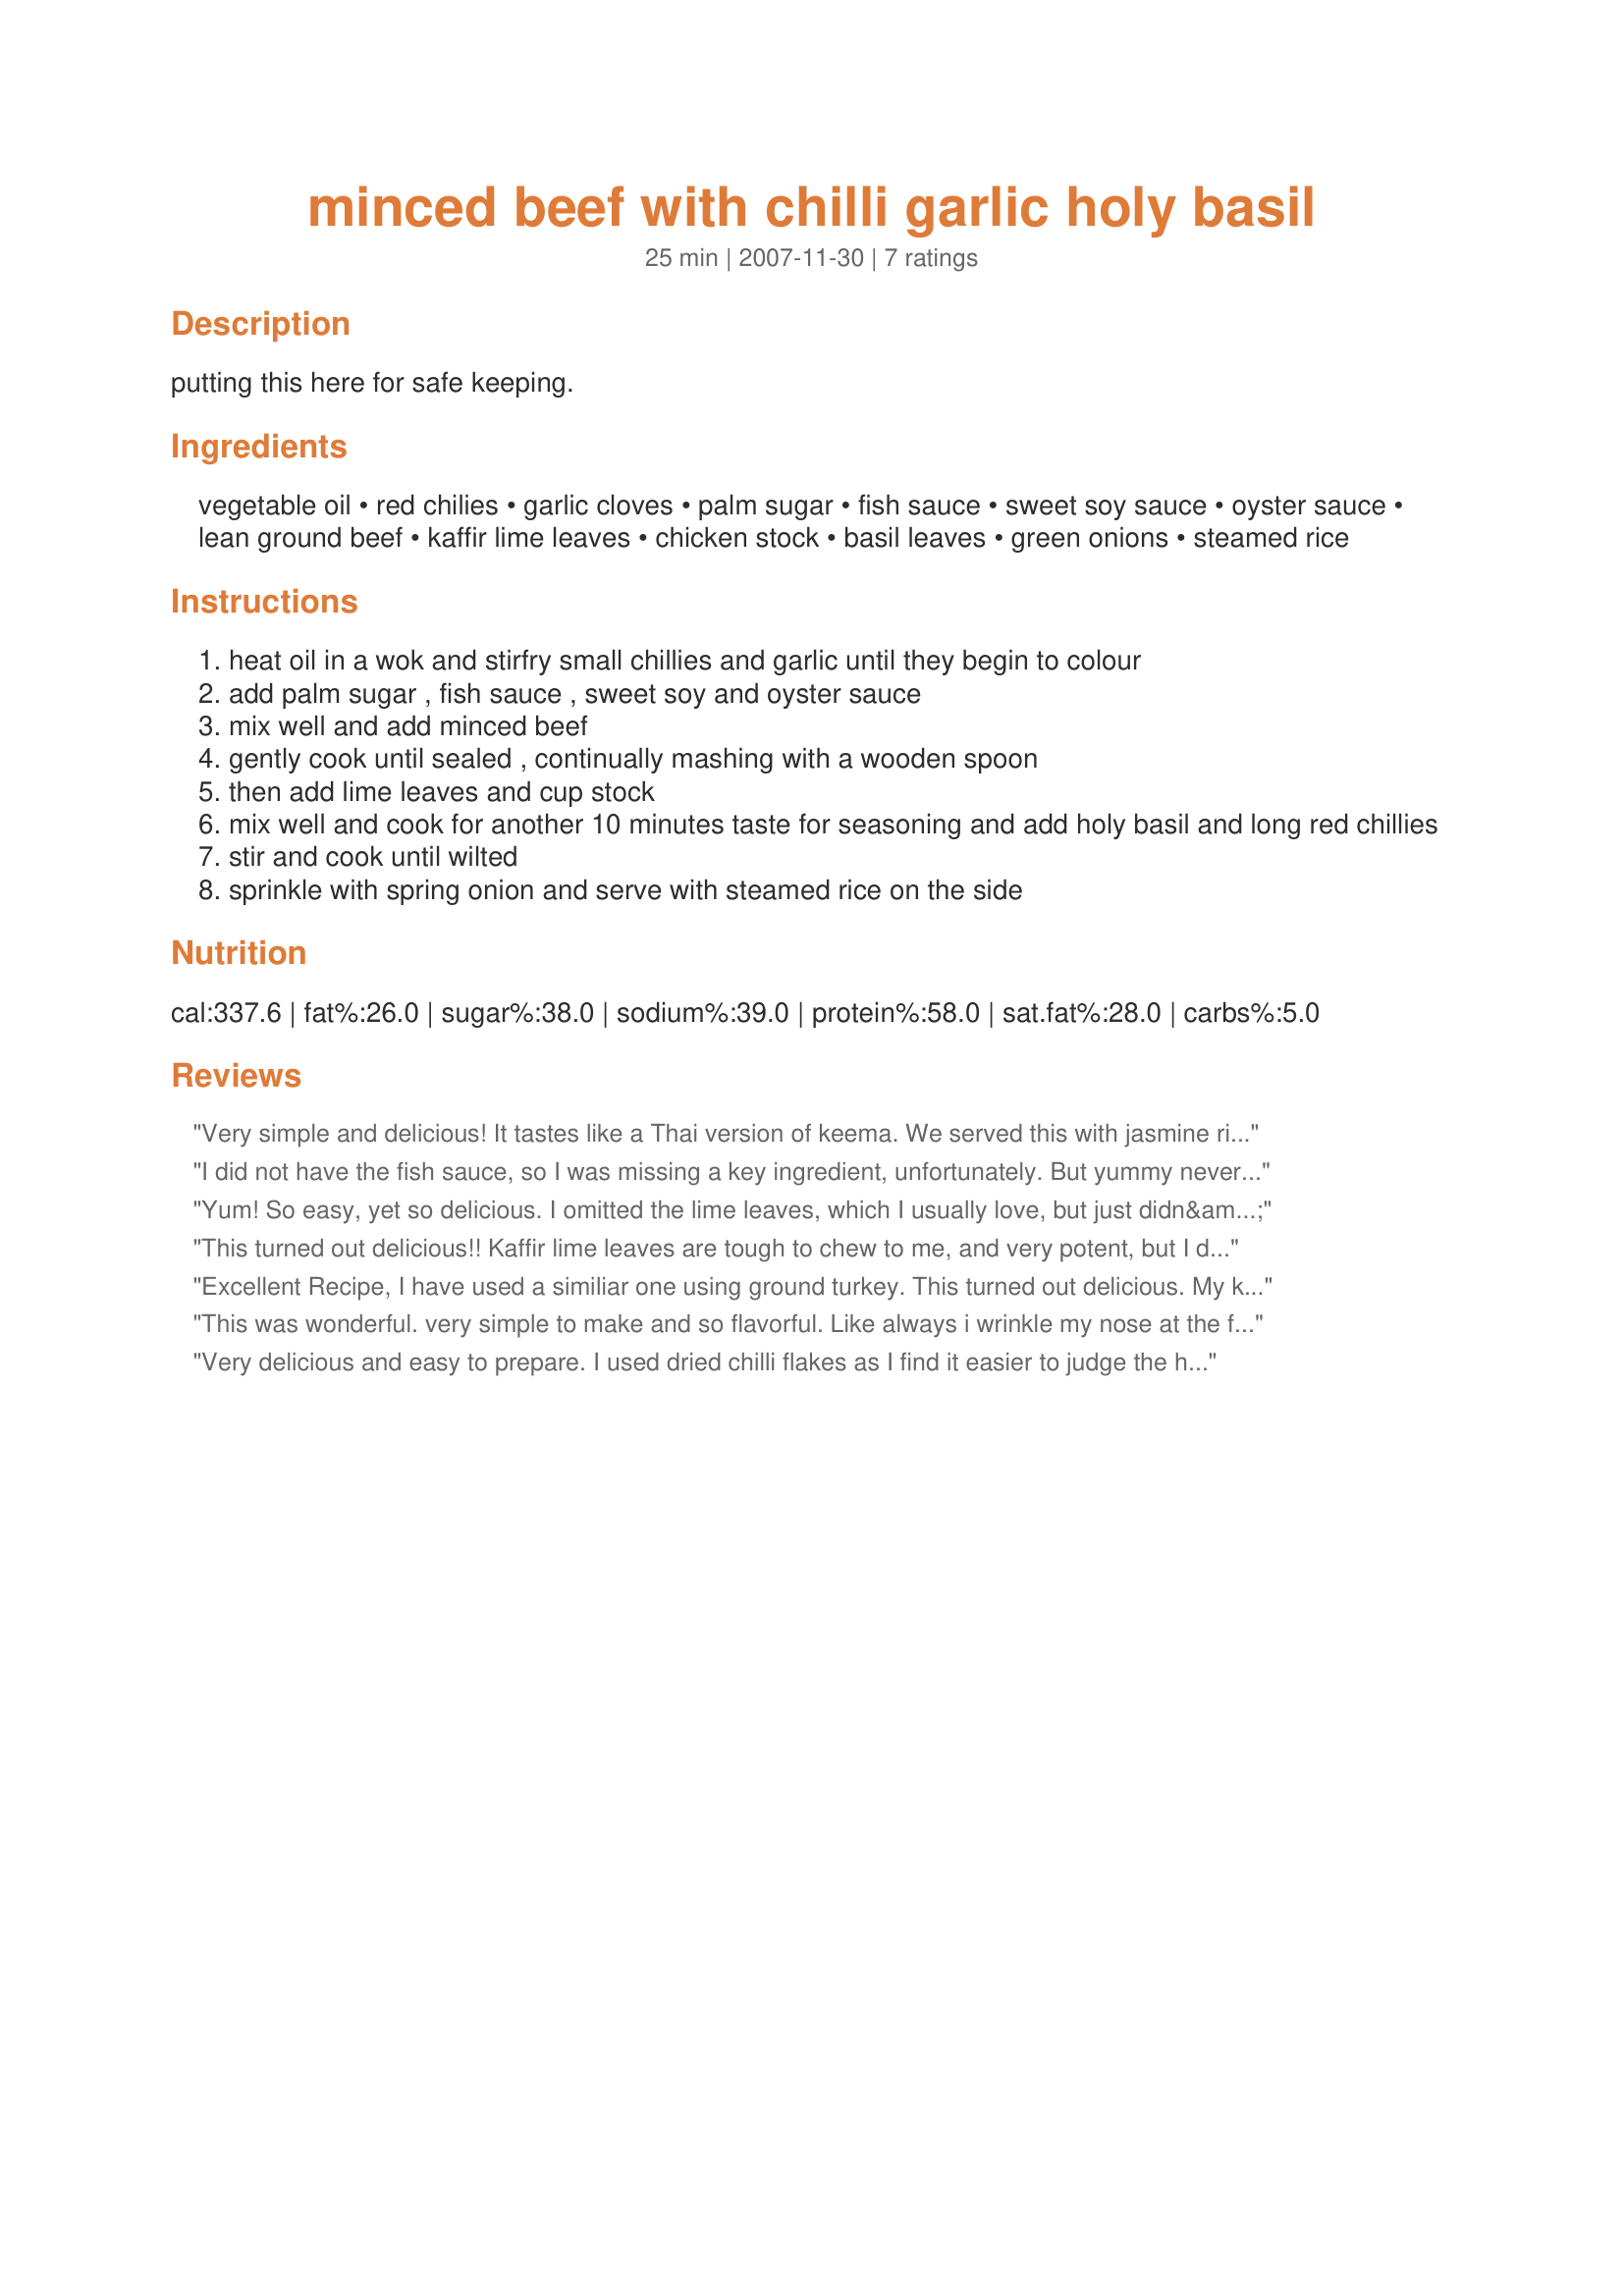
minced beef with chilli garlic holy basil
Preparation time: 25 minutes

putting this here for safe keeping.

Ingredients:
vegetable oil, red chilies, garlic cloves, palm sugar, fish sauce, sweet soy sauce, oyster sauce, lean ground beef, kaffir lime leaves, chicken stock, basil leaves, green onions, steamed rice

Steps:
heat oil in a wok and stirfry small chillies and garlic until they begin to colour
add palm sugar , fish sauce , sweet soy and oyster sauce
mix well and add minced beef
gently cook until sealed , continually mashing with a wooden spoon
then add lime leaves and cup stock
mix well and cook for another 10 minutes taste for seasoning and add holy basil and long red chillies
stir and cook until wilted
sprinkle with spring onion and serve with steamed rice on the side

Reviews:
Very simple and delicious! It tastes like a Thai version of keema. We served this with jasmine rice but thought it would be refreshing served in lettuce wraps as well. Thanks for posting!
I did not have the fish sauce, so I was missing a key ingredient, unfortunately. But yummy nevertheless. Even hubby ate it, and he is a picky eater. Of course, being the unusual sort he is, he turned his into a taco by eating it with tortilla chips, cheese, and some salsa verde. Go figure.....
Yum! So easy, yet so delicious. I omitted the lime leaves, which I usually love, but just didn&#039;t want that labour for some reason. A great recipe, a keeper!
This turned out delicious!! Kaffir lime leaves are tough to chew to me, and very potent, but I do love the flavor they give off, so I left them whole let them simmer in the sauce, then removed them, kind of like you would treat a bay leaf. Anyway, this had a great Thai flavor and I served it over cauliflower rice and like someone else suggested, this would go great in lettuce wraps too. Added some thinly slice yellow bell pepper and onions just to get a few more veggies in there, very nice :)
Excellent Recipe, I have used a similiar one using ground turkey.
This turned out delicious. My kids actually ate it too, I didn't have any lime leaves but I added a smidge of lemon juice for citrus acidity and a shake of rice wine vinegar.
Hmmm mmm..
This was wonderful. very simple to make and so flavorful. Like always i wrinkle my nose at the fish sauce and eat in amazement as the flavor changes completely when cooked. Spicy, sweet, fragrant dish
Very delicious and easy to prepare. I used dried chilli flakes as I find it easier to judge the heat - perhaps a little less garlic out of consideration for my work colleagues tomorrow - ordinary soy sauce was all I could find - ground chicken instead of beef - lime juice instead of kaffir lime leaves - vegetable stock instead of chicken and ordinary basil instead of holy. It was still very delicious and I will certainly be making it again. Why is 1 cup of chicken stock listed in the ingredients when you only use half a cup in the recipe?
